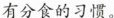
有分食的习惯。